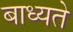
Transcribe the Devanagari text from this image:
बाध्यते